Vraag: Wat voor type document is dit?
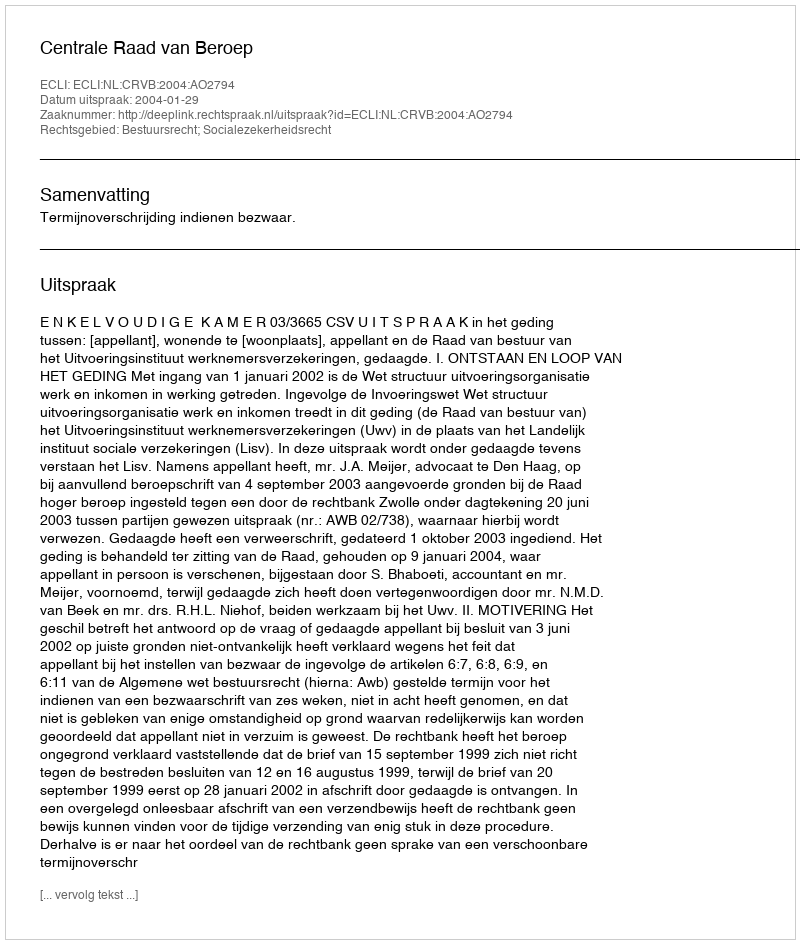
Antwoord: Uitspraak